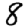
Digit: 8